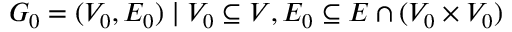
G _ { 0 } = ( V _ { 0 } , E _ { 0 } ) \mid V _ { 0 } \subseteq V , E _ { 0 } \subseteq E \cap ( V _ { 0 } \times V _ { 0 } )